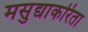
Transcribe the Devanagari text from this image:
मसुद्याकरिता